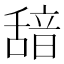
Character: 𮧺